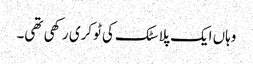
وہاں ایک پلاسٹک کی ٹوکری رکھی تھی۔